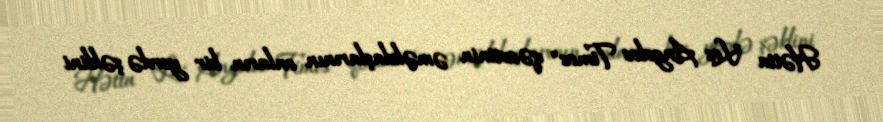
Hətta "Los Angeles Times" qəzetinin əməkdaşlarının onların bir yerdə şəklini